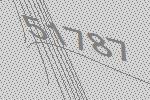
51787